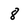
Character: 8